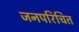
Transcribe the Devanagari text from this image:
जनपरिचित